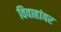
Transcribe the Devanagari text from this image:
विवाहांवर